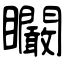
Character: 矙